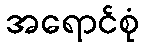
အရောင်စုံ